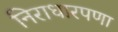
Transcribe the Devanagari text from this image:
निराधारपणा